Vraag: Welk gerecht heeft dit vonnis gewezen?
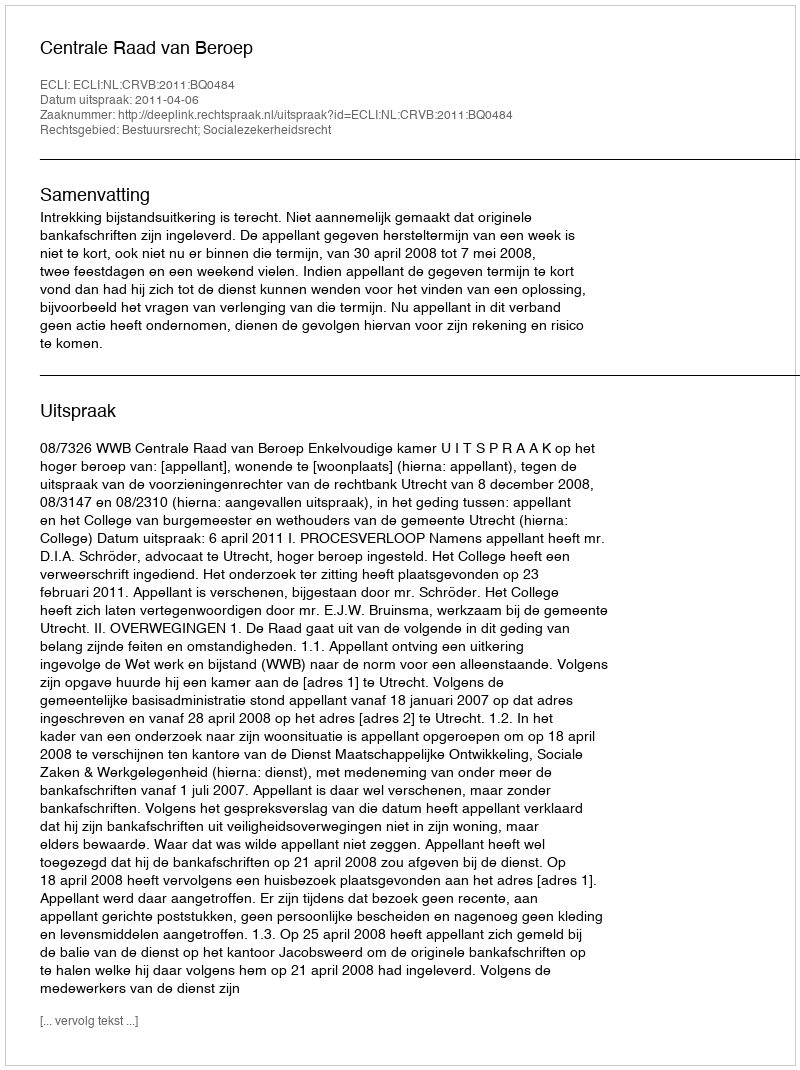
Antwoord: Centrale Raad van Beroep